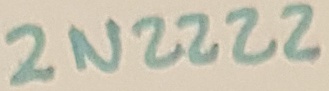
Text: 2N2222